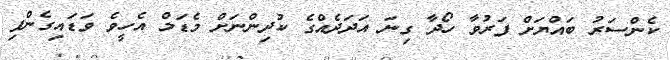
ކެންސަރު ބައްޔަށް ފަރުވާ ހޯދާ ގިނަ އަދަދެއްގެ ކުދިންނަށް މެޑަމް އެހީވެ ވަޑައިގެންފި